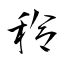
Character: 秢